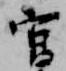
官